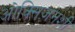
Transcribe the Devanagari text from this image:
ओक्सिजनशी